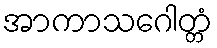
အာကာသဂေါတ္တံ